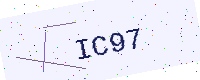
Text: IC97